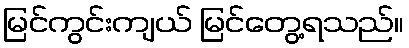
မြင်ကွင်းကျယ် မြင်တွေ့ရသည်။